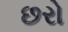
છરો